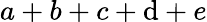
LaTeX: a+b+c+\mathrm{d}+e